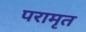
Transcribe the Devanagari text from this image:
परामृत